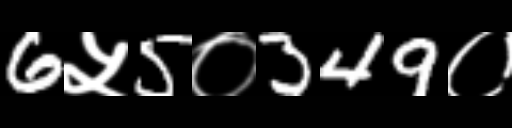
Text: 6५5०349०